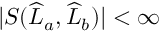
| S ( \widehat { L } _ { a } , \widehat { L } _ { b } ) | < \infty